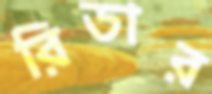
রিডার